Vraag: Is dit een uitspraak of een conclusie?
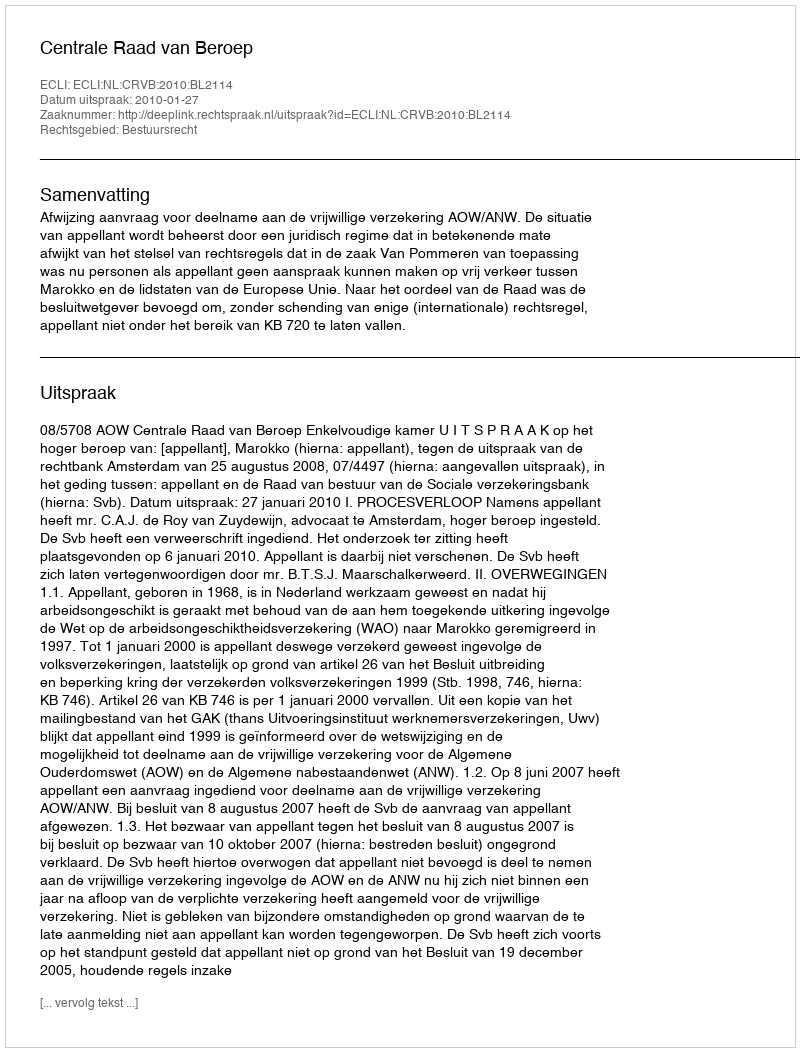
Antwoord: Uitspraak